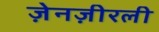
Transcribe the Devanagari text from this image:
ज़ेनज़ीरली